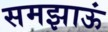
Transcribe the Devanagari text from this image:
समझाऊं